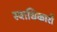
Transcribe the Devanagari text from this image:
स्वाधिकारों